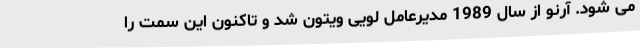
می شود. آرنو از سال 1989 مدیرعامل لویی ویتون شد و تاکنون این سمت را